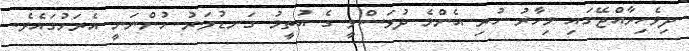
ދިވެހިރާއްޖޭގައި މިހާރު ހުރި އެންމެ ދުވަސްވީ ގެ އުތީމު ގަނޑުވަރު ހުންނަނީ އެރަށުގައެވެ.